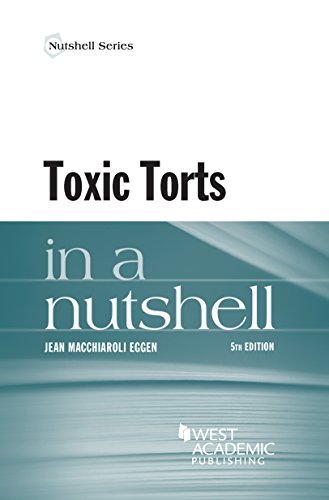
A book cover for Toxic Torts in a Nutshell; Jean Eggen; Law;